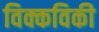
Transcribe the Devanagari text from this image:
विक्कविकी